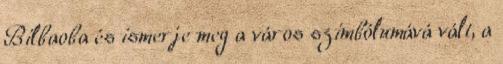
Bilbaoba és ismerje meg a város szimbólumává vált, a